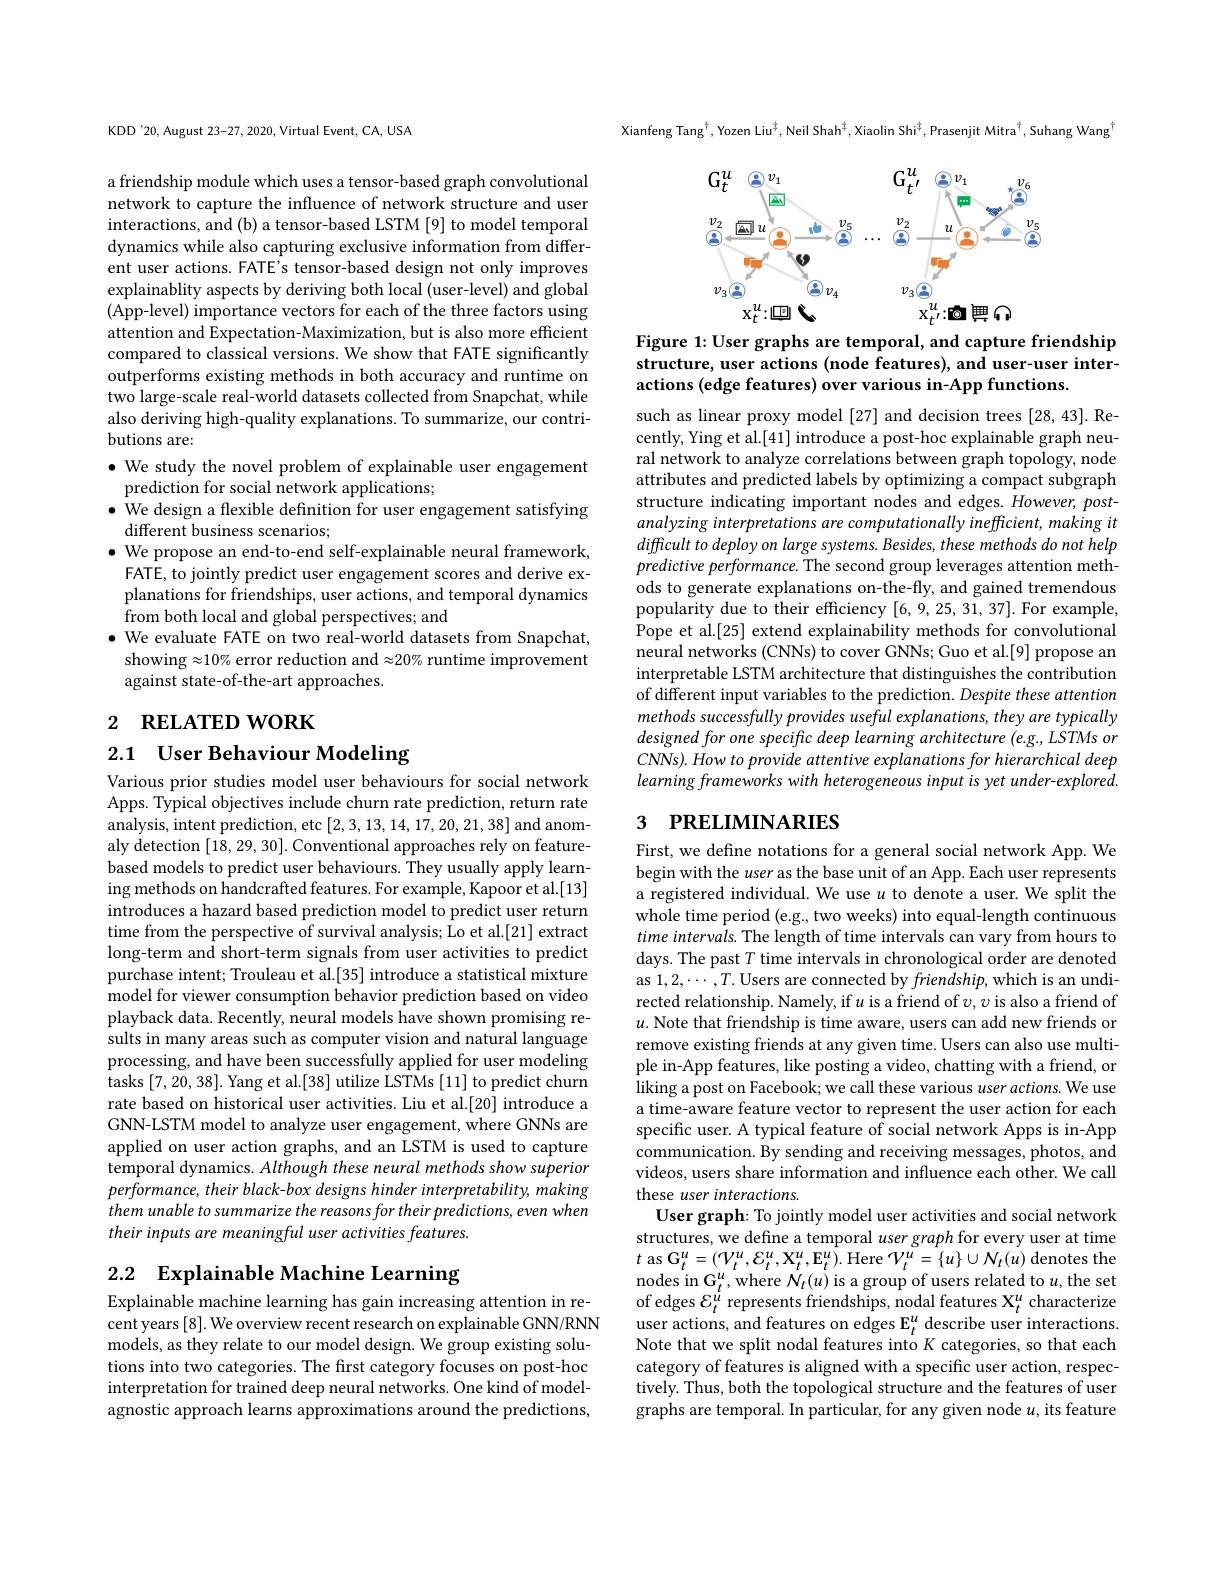
KDD'20, August 23-27, 2020, Virtual Event, CA, USA

a friendship module which uses a tensor-based graph convolutional network to capture the influence of network structure and user interactions, and (b) a tensor-based LSTM [9] to model temporal dynamics while also capturing exclusive information from different user actions. FATE's tensor-based design not only improves explainablity aspects by deriving both local (user-level) and global (App-level) importance vectors for each of the three factors using attention and Expectation-Maximization, but is also more efficient compared to classical versions. We show that FATE significantly outperforms existing methods in both accuracy and runtime on two large-scale real-world datasets collected from Snapchat, while also deriving high-quality explanations. To summarize, our contributions are:
$\bullet$ We study the novel problem of explainable user engagement

prediction for social network applications;
$\bullet$ We design a flexible definition for user engagement satisfying
different business scenarios;
$\bullet$ We propose an end-to-end self-explainable neural framework, FATE, to jointly predict user engagement scores and derive explanations for friendships, user actions, and temporal dynamics from both local and global perspectives; and
$\bullet$ We evaluate FATE on two real-world datasets from Snapchat, showing $\approx10\%$ error reduction and $\approx20\%$ runtime improvement against state-of-the-art approaches.

2 RELATED WORK

2.1 User Behaviour Modeling

Various prior studies model user behaviours for social network Apps. Typical objectives include churn rate prediction, return rate analysis, intent prediction, etc [2,3,13,14,17,20,21,38] and anomaly detection [18,29,30]. Conventional approaches rely on featurebased models to predict user behaviours. They usually apply learning methods on handcrafted features. For example, Kapoor et al.[13] introduces a hazard based prediction model to predict user return time from the perspective of survival analysis; Lo et al.[21] extract long-term and short-term signals from user activities to predict purchase intent; Trouleau et al.[35] introduce a statistical mixture model for viewer consumption behavior prediction based on video playback data. Recently, neural models have shown promising results in many areas such as computer vision and natural language processing, and have been successfully applied for user modeling tasks [7,20,38]. Yang et al.[38] utilize LSTMs [11] to predict churn rate based on historical user activities. Liu et al.[20] introduce a GNN-LSTM model to analyze user engagement, where GNNs are applied on user action graphs, and an LSTM is used to capture temporal dynamics. Although these neural methods show superior $performance,theirblack-box$ designs hinder interpretability, making them unable to summarize the reasons for their predictions, even when their inputs are meaningful user activities features.

# 2.2 $\mathbf{Explainable~Machine~Learning}$

Explainable machine learning has gain increasing attention in recent years [8]. We overview recent research on explainable GNN/RNN models, as they relate to our model design. We group existing solutions into two categories. The first category focuses on post-hoc interpretation for trained deep neural networks. One kind of modelagnostic approach learns approximations around the predictions,

Xianfeng Tang$^{\dagger}$,Yozen Liu$^{\frac47}$,Neil Shah$^{\frac47}$,Xiaolin Shi$^{\frac47}$,Prasenjit Mitra$^{\dagger}$,Suhang Wang

<FigureHere>

Figure 1: User graphs are temporal, and capture friendship structure, user actions (node features), and user-user interactions (edge features) over various in-App functions.

such as linear proxy model [27] and decision trees [28, 43]. Recently, Ying et al.[41] introduce a post-hoc explainable graph neural network to analyze correlations between graph topology, node attributes and predicted labels by optimizing a compact subgraph structure indicating important nodes and edges. However, postanalyzing interpretations are computationally inefficient, making it difficult to deploy on large systems. Besides, these methods do not help predictive performance. The second group leverages attention methods to generate explanations on-the-fly, and gained tremendous popularity due to their effciency [6,9,25,31,37]. For example, Pope et al.[25] extend explainability methods for convolutional neural networks (CNNs) to cover GNNs; Guo et al.[9] propose an interpretable LSTM architecture that distinguishes the contribution of different input variables to the prediction. Despite these attention methods successfully provides useful explanations, they are typically designed for one specifrc deep learning architecture (e.g., LSTMs or CNNs). How to provide attentive explanations for hierarchical deep learning frameworks with heterogeneous input is yet under-explored.

### 3 $\textbf{PRELIMINARIES}$

First, we define notations for a general social network App. We begin with the user as the base unit of an App. Each user represents a registered individual. We use $u$ to denote a user. We split the whole time period (e.g., two weeks) into equal-length continuous time intervals. The length of time intervals can vary from hours to days. The past $T$ time intervals in chronological order are denoted as 1,2,・・,T. Users are connected by $friendship$, which is an undirected relationship. Namely, if $u$ is a friend of $\upsilon,\upsilon$ is also a friend of $u.$ Note that friendship is time aware, users can add new friends or remove existing friends at any given time. Users can also use multiple in-App features, like posting a video, chatting with a friend, or liking a post on Facebook; we call these various user actions. We use a time-aware feature vector to represent the user action for each specific user. A typical feature of social network Apps is in-App communication. By sending and receiving messages, photos, and videos, users share information and influence each other. We call these user interactions.
User graph: To jointly model user activities and social network structures, we define a temporal user graph for every user at time $t$ as G$_t^u=(\mathcal V_t^u,\mathcal{E}_t^u,\mathcal{X}_t^u,\mathcal{E}_t^u).$Here $\mathcal{V}_t^u=\{u\}\cup\mathcal{N}_t(u)$ denotes the nodes in G$_t^u$,where $\mathcal{N}_t(u)$ is a group of users related to $u$,the set of edges $\mathcal{E}_t^{\dot{u}}$ represents friendships, nodal features X$_t^u$ characterize user actions, and features on edges $\mathbf{E}_t^u$ describe user interactions. Note that we split nodal features into K categories, so that each category of features is aligned with a specific user action, respectively. Thus, both the topological structure and the features of user graphs are temporal. In particular, for any given node $u$, its feature